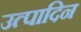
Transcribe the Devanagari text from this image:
उत्पादिन